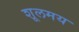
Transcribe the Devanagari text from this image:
शूलमय